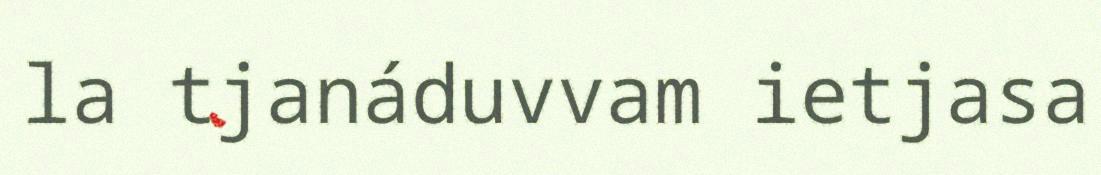
la tjanáduvvam ietjasa